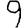
Digit: 9